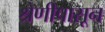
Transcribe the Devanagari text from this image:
श्रेणीपासून